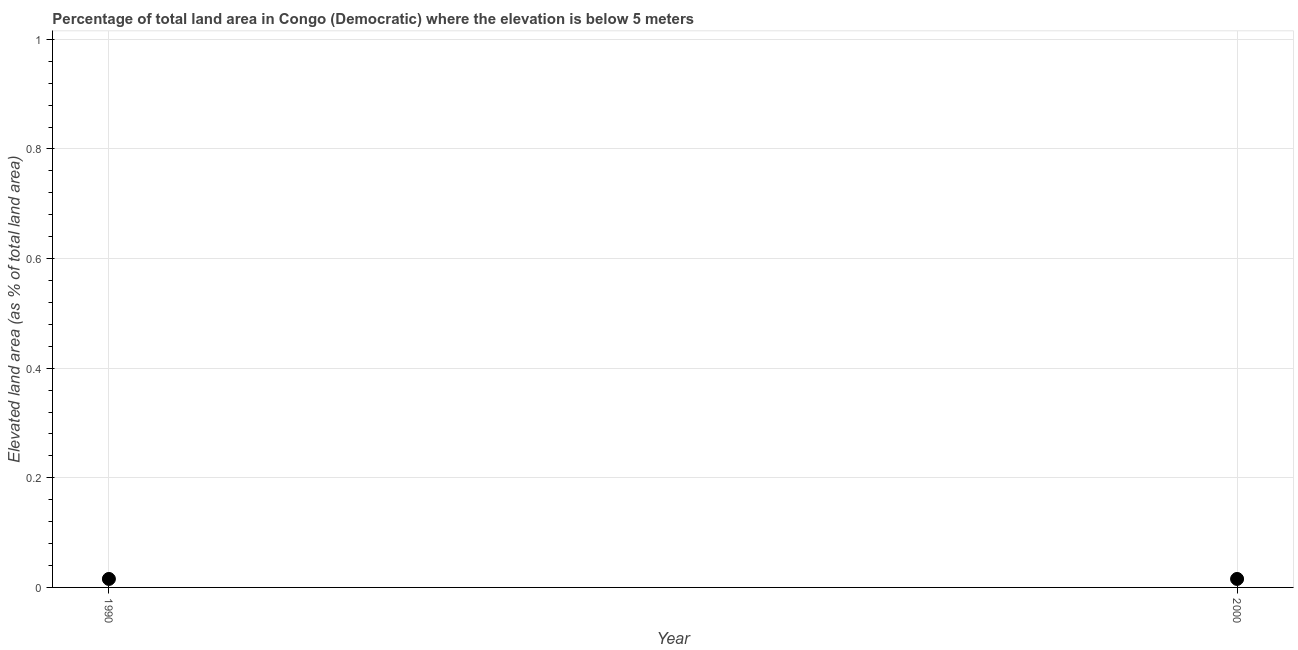
| Year | Land area |
 | --- | --- |
 | 1990 | 0.0155 |
 | 2000 | 0.0155 |